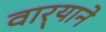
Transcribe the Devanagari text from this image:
वार्‍याने